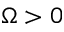
\Omega > 0